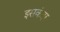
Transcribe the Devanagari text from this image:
इसकंदर